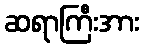
ဆရာကြီးအား